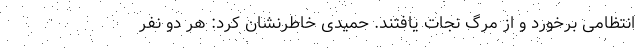
انتظامی برخورد و از مرگ نجات یافتند. حمیدی خاطرنشان کرد: هر دو نفر